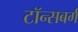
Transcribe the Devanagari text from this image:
टॉन्सबर्ग